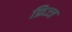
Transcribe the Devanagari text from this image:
फ्रिज्ज